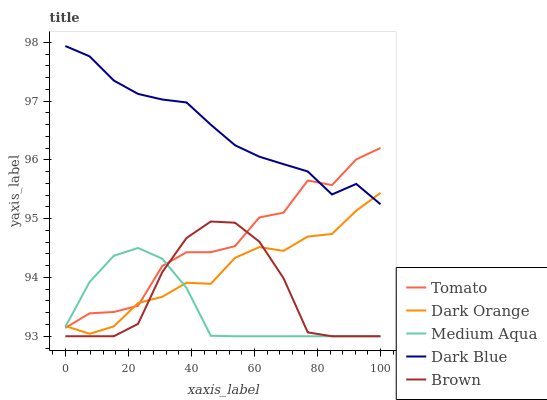
| xaxis_label | Tomato | Dark Orange | Medium Aqua | Dark Blue | Brown |
 | --- | --- | --- | --- | --- | --- |
 | 0 | 93.1 | 93.2 | 93.2 | 97.9 | 93 |
 | 7.69 | 93.4 | 93 | 93.9 | 97.8 | 93 |
 | 15.4 | 93.4 | 93.2 | 94.4 | 97.3 | 93 |
 | 23.1 | 93.5 | 93.6 | 94.5 | 97.1 | 93.2 |
 | 30.8 | 94.2 | 93.7 | 94.3 | 97 | 94.1 |
 | 38.5 | 94.4 | 93.9 | 93.8 | 97 | 94.7 |
 | 46.2 | 94.4 | 93.9 | 93 | 96.6 | 95 |
 | 53.8 | 94.5 | 94.3 | 93 | 96.2 | 94.9 |
 | 61.5 | 95 | 94.5 | 93 | 96.1 | 94.6 |
 | 69.2 | 95.1 | 94.5 | 93 | 95.9 | 94 |
 | 76.9 | 95.6 | 94.7 | 93 | 95.8 | 93.1 |
 | 84.6 | 95.6 | 94.7 | 93 | 95.4 | 93 |
 | 92.3 | 96 | 95.1 | 93 | 95.6 | 93 |
 | 100 | 96.2 | 95.4 | 93 | 95.2 | 93 |